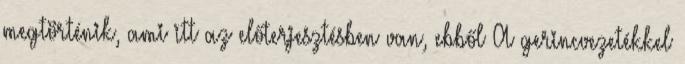
megtörténik, ami itt az előterjesztésben van, ebből A gerincvezetékkel